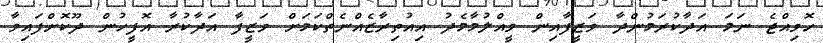
ހޮވިއްޖެ ނަމަ އަދާކުރަމުންދާ ވަޒީފާއިން ވީއްލުމާމެދު އިއުތިރާޒެއްނެތްކަމަށް ވަޒީފާ އަދާކުރާ އޮފީހުން ދޫކޮށްފައިވާ